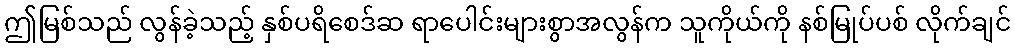
ဤမြစ်သည် လွန်ခဲ့သည့် နှစ်ပရိစေဒ်ဆ ရာပေါင်းများစွာအလွန်က သူကိုယ်ကို နစ်မြုပ်ပစ် လိုက်ချင်